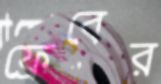
ফ্রেবের